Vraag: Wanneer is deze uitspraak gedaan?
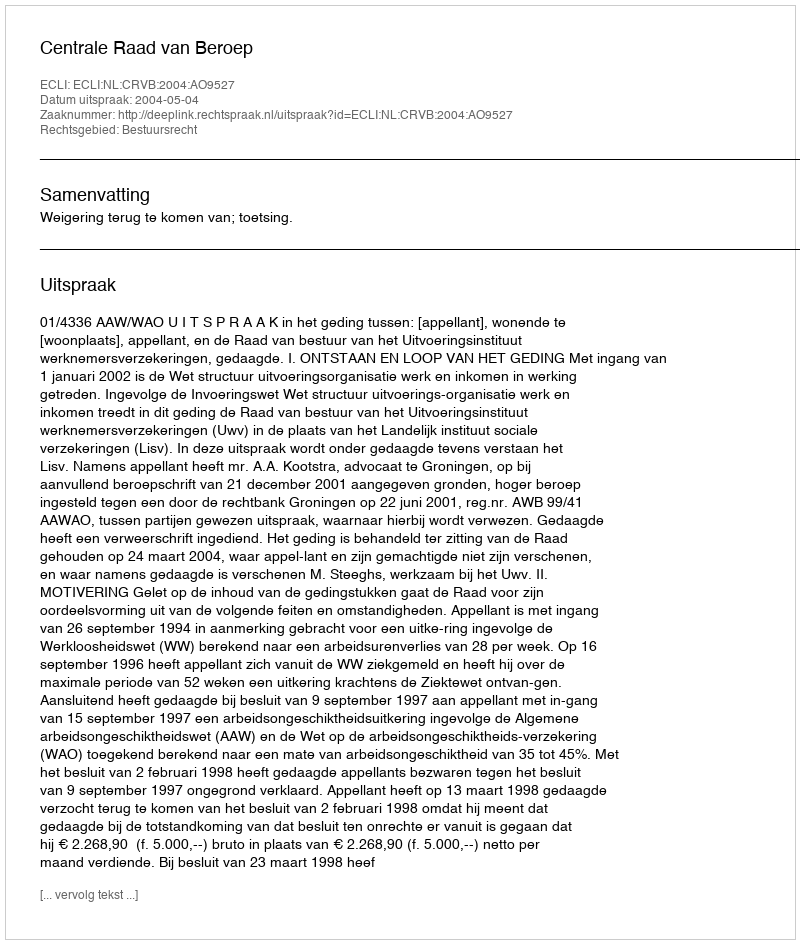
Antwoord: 2004-05-04